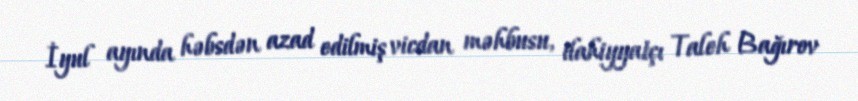
İyul ayında həbsdən azad edilmiş vicdan məhbusu, ilahiyyatçı Taleh Bağırov